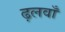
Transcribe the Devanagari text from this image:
ढ़लवाँ